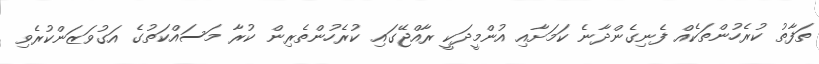
ތަފާތު ކުރެހުންތަކެއް ފެނިގެންދާނެ ކަމަށާއި އުންމީދަކީ ރާއްޖޭގައި ކުރެހުންތެރިން ކުރާ މަސައްކަތުގެ އަގުވަޒަންކުރެވި